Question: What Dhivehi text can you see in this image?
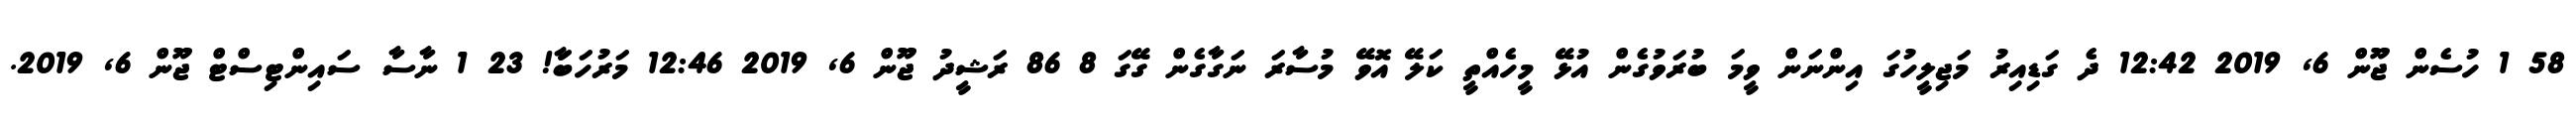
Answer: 58 1 ހުސެން ޖޫން 6, 2019 12:42 ދެ ގަޑިއިރު މަޖިލީހުގަ އިންނަން ވީމަ ބުރަވުގެން އުޅޭ މީހެއްތީ ކަލޭ އޮވޭ މުސާރަ ނަގާގެން ގޭގަ 8 86 ރަޝީދު ޖޫން 6, 2019 12:46 މަރުހަބާަ! 23 1 ނާސާ ސައިންޓިސްޓް ޖޫން 6, 2019.